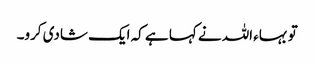
تو بہاء اللہ نے کہا ہے کہ ایک شادی کرو۔